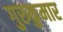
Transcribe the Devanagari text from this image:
गुरुकुमार